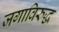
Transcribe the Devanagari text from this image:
जगाविरुद्ध